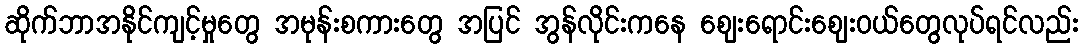
ဆိုက်ဘာအနိုင်ကျင့်မှုတွေ အမုန်းစကားတွေ အပြင် အွန်လိုင်းကနေ ဈေးရောင်းဈေးဝယ်တွေလုပ်ရင်လည်း